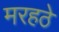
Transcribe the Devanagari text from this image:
मरहठे